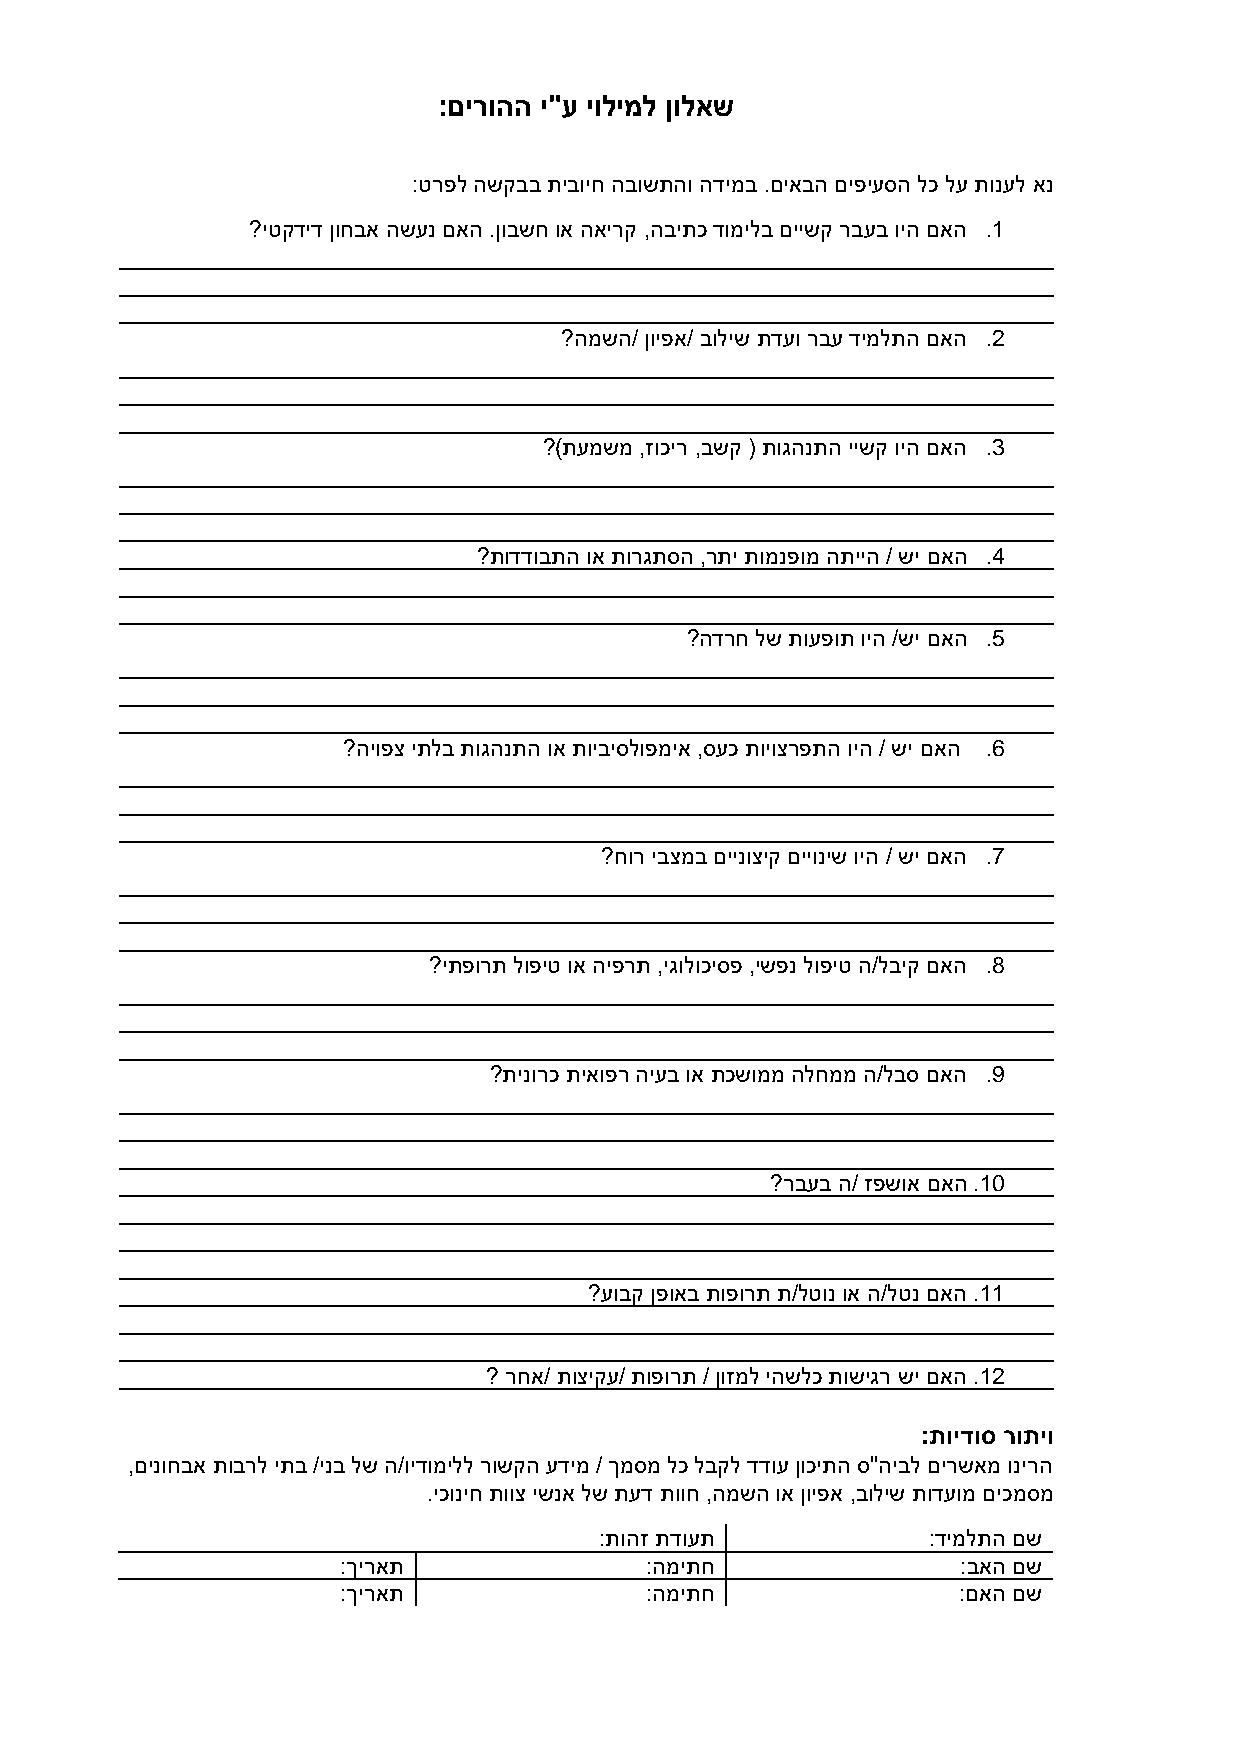
:םירוהה י"ע יולימל ןולאש
 :טרפל השקבב תיבויח הבושתהו הדימב .םיאבה םיפיעסה לכ לע תונעל אנ
 ? יטקדיד ןוחבא השענ םאה .ןובשח וא האירק ,הביתכ דומילב םיישק רבעב ויה םאה .1
 ?המשה/ ןויפא/ בוליש תדעו רבע דימלתה םאה .2
 ? )תעמשמ ,זוכיר ,בשק ( תוגהנתה יישק ויה םאה .3
 ? תודדובתה וא תורגתסה ,רתי תומנפומ התייה / שי םאה .4
 ?הדרח לש תועפות ויה /שי םאה .5
 ?היופצ יתלב תוגהנתה וא תויביסלופמיא ,סעכ תויוצרפתה ויה / שי םאה .6
 ? חור יבצמב םיינוציק םייוניש ויה / שי םאה .7
 ? יתפורת לופיט וא היפרת ,יגולוכיספ ,ישפנ לופיט ה/לביק םאה .8
 ? תינורכ תיאופר היעב וא תכשוממ הלחממ ה/לבס םאה .9
 ? רבעב ה/ זפשוא םאה .10
 ? עובק ןפואב תופורת ת/לטונ וא ה/לטנ םאה .11
 ? רחא/ תוציקע/ תופורת / ןוזמל יהשלכ תושיגר שי םאה .12
 :תוידוס רותיו
 ,םינוחבא תוברל יתב /ינב לש ה/וידומילל רושקה עדימ / ךמסמ לכ לבקל דדוע ןוכיתה ס"היבל םירשאמ ונירה
 . יכוניח תווצ ישנא לש תעד תווח ,המשה וא ןויפא ,בוליש תודעומ םיכמסמ
 :תוהז תדועת          : דימלתה םש
 :ךיראת              : המיתח              :באה םש
 : ךיראת             : המיתח             : םאה םש